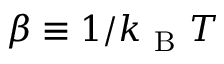
\beta \equiv 1 / k _ { \mathrm { ~ B ~ } } T